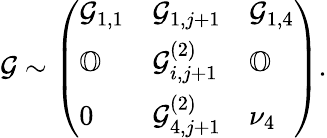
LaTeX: \mathcal{G}\sim\left(\begin{array}{lll}{\mathcal{G}_{1,1}}&{\mathcal{G}_{1,j+1}}&{\mathcal{G}_{1,4}}\\ {\mathbb{O}}&{\mathcal{G}_{i,j+1}^{(2)}}&{\mathbb{O}}\\ {0}&{\mathcal{G}_{4,j+1}^{(2)}}&{\nu_{4}}\end{array}\right).